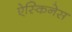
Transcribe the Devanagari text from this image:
ऐस्किनेस